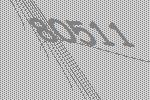
80511